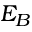
E _ { B }